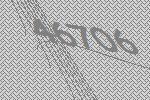
46706